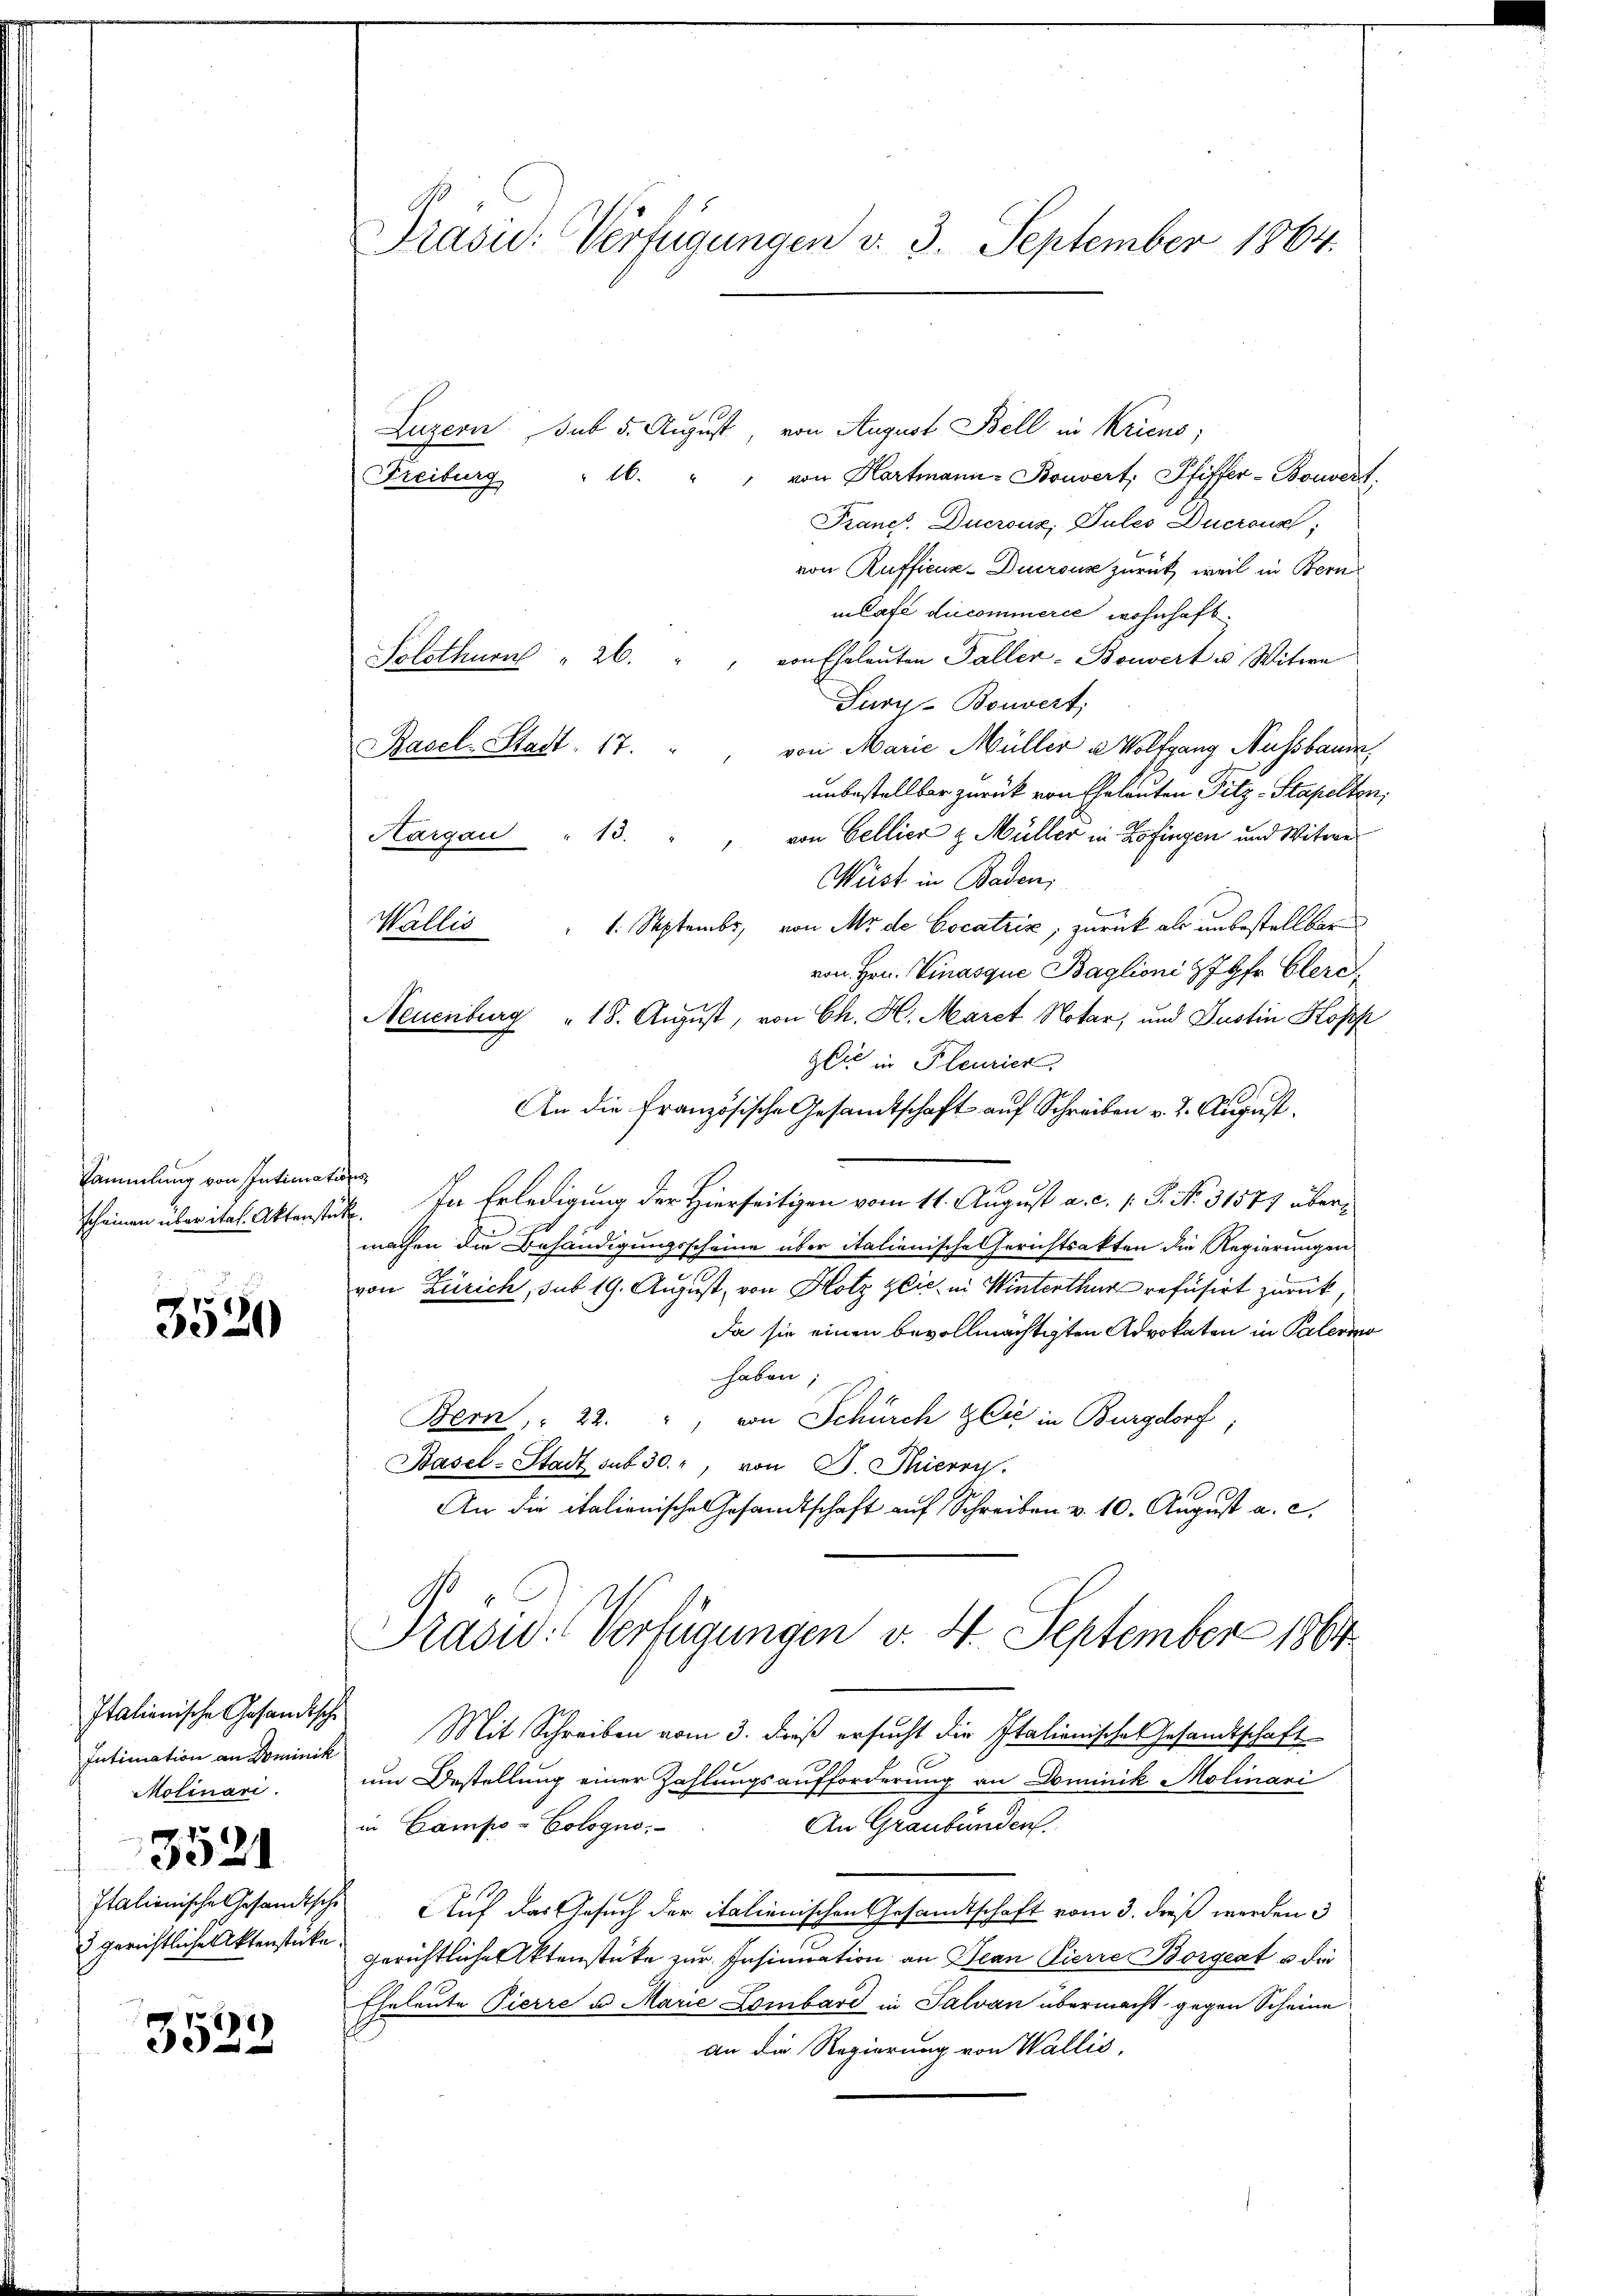
Sammlung von Intimatis
scheinen über ital. Aktenstü¬

3520

Italienische Gesandtsche
Intimation an Dominik
Molinari.
3521
Italienische Gesandtsche
3 gerichtliche Aktenstücke

3522

Drasi: Verfügungen v. 3. September 1864.

10
Luzern sub 5. August, von August Bell in Kriens,
Freiburg " 10. " " von Hartmann-Bouvert, Pfiffer-Bouvers
Francs. Ducrouz, Pules Dueraus,
von Rufficuz-Dursus zurück, weil in Bern
ilafe dicommerce wohnhaft.
Solothurn " 26. " " von Eheleŭten Faller-Bouvert u Witwe
Jury-Bouvert
Basel-Stadt, 17. " von Marie Müller Wolfgang Nussbaum,
unbestellbar zurück von Eheleuten Fitz-Stapelter
Aargau " 13. " " von Bellier z. Müller in Zofingen und Witwe
Wüst in Baden,
Wallis " 1. Septembr. von M. de Cocatrix, zurück als unbestellbar
von Hrn. Vinasque Baglioni 879fr. Clerc
Neuenburg " 18. August, von Ch. H. Marct Notar, und Justin Kopf
2
Gli in Pleurier,
An die Französische Gesandtschaft auf Schreiben v. 2. August.
 In Erledigung der Hierseitigen vom 11. August a. c. p. P. No. 31571 über¬
.
machen die Behändigungsscheine über italienische Gerichtsakten die Regierungen
von Zürich, sub 19. August, von Hotz zeich in Winterthur refusirt zurück,
Da sie einen bevollmächtigten Advokaten in Palerino
haben;
Bern, 22. " von Schürch Gli in Burgdorf;
Basel-Stadt sub 30., von P. Thierey.
.
An die italienische Gesandtschaft auf Schreiben v. 10. August a. c.
Präsid. Verfügungen v. 4. September 1864
Mit Schreiben vom 3. dieß ersucht die Italienische Gesandtschaft
um Bestellung einer Zahlungsaufforderung an Dominik Molinari
An Graubünden.
in Campo-Bologno,
Auf das Gesuch der italienischen Gesandtschaft vom 3. dieß werden 3
gerichtliches Aktenstüke zur Insinuation an Dean Pierre Borgeat u die
Eheleute Pierre u Marie Lombard in Salvan übermacht gegen Scheine
an die Regierung von Wallis,